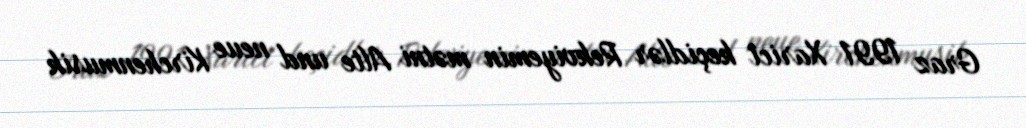
Graz 1991 Xarici keçidlər Rekviyemin mətni Alte und neue Kirchenmusik